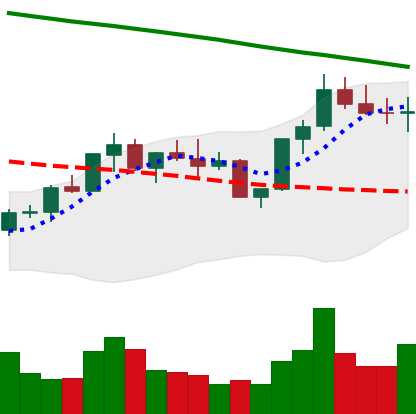
Ticker: BNB-USD
Chart end date: 2022-08-02
Forward return: 13.776%
Label: up_7plus